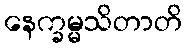
နေက္ခမ္မသိတာတိ